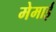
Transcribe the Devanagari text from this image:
मेमाई